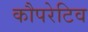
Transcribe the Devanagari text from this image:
कौपरेटिव